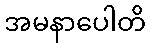
အမနာပေါတိ